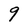
Character: 9